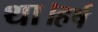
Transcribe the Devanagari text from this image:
था।हर्ष